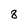
Character: 8